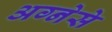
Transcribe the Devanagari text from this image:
अग्नेसे